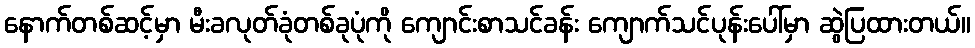
နောက်တစ်ဆင့်မှာ မီးခလုတ်ခုံတစ်ခုပုံကို ကျောင်းစာသင်ခန်း ကျောက်သင်ပုန်းပေါ်မှာ ဆွဲပြထားတယ်။